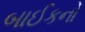
બાઈકનો